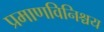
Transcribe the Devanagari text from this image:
प्रमाणविनिश्चय